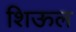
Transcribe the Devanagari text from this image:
शिऊल